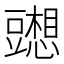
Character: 𰶢